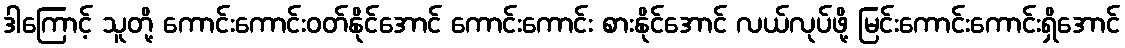
ဒါကြောင့် သူတို့ ကောင်းကောင်းဝတ်နိုင်အောင် ကောင်းကောင်း စားနိုင်အောင် လယ်လုပ်ဖို့ မြင်းကောင်းကောင်းရှိအောင်